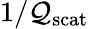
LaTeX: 1/\mathcal{Q}_{\mathrm{{scat}}}